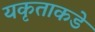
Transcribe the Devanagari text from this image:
यकृताकडे